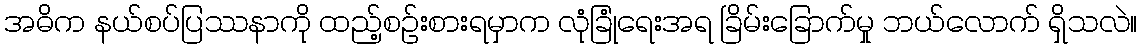
အဓိက နယ်စပ်ပြဿနာကို ထည့်စဉ်းစားရမှာက လုံခြုံရေးအရ ခြိမ်းခြောက်မှု ဘယ်လောက် ရှိသလဲ။